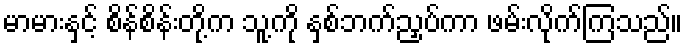
မာမားနှင့် စိန်စိန်းတို့က သူ့ကို နှစ်ဘက်ညှပ်ကာ ဖမ်းလိုက်ကြသည်။